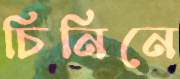
চিনিনে